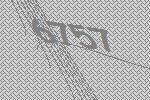
6757